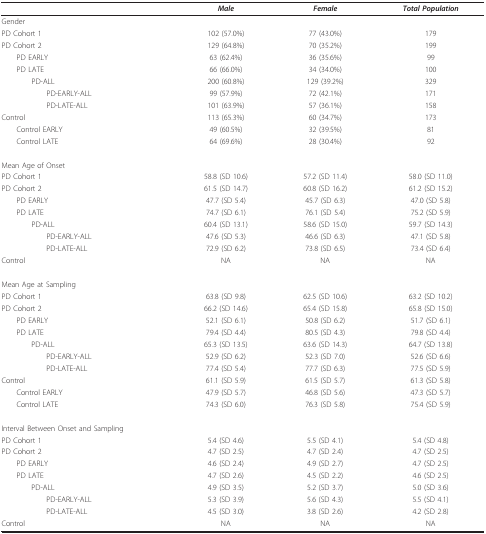
<table><thead><tr><td></td><td><b><i>Male</i></b></td><td><b><i>Female</i></b></td><td><b><i>Total Population</i></b></td></tr></thead><tbody><tr><td>Gender</td><td></td><td></td><td></td></tr><tr><td>PD Cohort 1</td><td>102 (57.0%)</td><td>77 (43.0%)</td><td>179</td></tr><tr><td>PD Cohort 2</td><td>129 (64.8%)</td><td>70 (35.2%)</td><td>199</td></tr><tr><td> PD EARLY</td><td>63 (62.4%)</td><td>36 (35.6%)</td><td>99</td></tr><tr><td> PD LATE</td><td>66 (66.0%)</td><td>34 (34.0%)</td><td>100</td></tr><tr><td>PD-ALL</td><td>200 (60.8%)</td><td>129 (39.2%)</td><td>329</td></tr><tr><td>PD-EARLY-ALL</td><td>99 (57.9%)</td><td>72 (42.1%)</td><td>171</td></tr><tr><td>PD-LATE-ALL</td><td>101 (63.9%)</td><td>57 (36.1%)</td><td>158</td></tr><tr><td>Control</td><td>113 (65.3%)</td><td>60 (34.7%)</td><td>173</td></tr><tr><td> Control EARLY</td><td>49 (60.5%)</td><td>32 (39.5%)</td><td>81</td></tr><tr><td> Control LATE</td><td>64 (69.6%)</td><td>28 (30.4%)</td><td>92</td></tr><tr><td>Mean Age of Onset</td><td></td><td></td><td></td></tr><tr><td>PD Cohort 1</td><td>58.8 (SD 10.6)</td><td>57.2 (SD 11.4)</td><td>58.0 (SD 11.0)</td></tr><tr><td>PD Cohort 2</td><td>61.5 (SD 14.7)</td><td>60.8 (SD 16.2)</td><td>61.2 (SD 15.2)</td></tr><tr><td> PD EARLY</td><td>47.7 (SD 5.4)</td><td>45.7 (SD 6.3)</td><td>47.0 (SD 5.8)</td></tr><tr><td> PD LATE</td><td>74.7 (SD 6.1)</td><td>76.1 (SD 5.4)</td><td>75.2 (SD 5.9)</td></tr><tr><td>PD-ALL</td><td>60.4 (SD 13.1)</td><td>58.6 (SD 15.0)</td><td>59.7 (SD 14.3)</td></tr><tr><td>PD-EARLY-ALL</td><td>47.6 (SD 5.3)</td><td>46.6 (SD 6.3)</td><td>47.1 (SD 5.8)</td></tr><tr><td>PD-LATE-ALL</td><td>72.9 (SD 6.2)</td><td>73.8 (SD 6.5)</td><td>73.4 (SD 6.4)</td></tr><tr><td>Control</td><td>NA</td><td>NA</td><td>NA</td></tr><tr><td>Mean Age at Sampling</td><td></td><td></td><td></td></tr><tr><td>PD Cohort 1</td><td>63.8 (SD 9.8)</td><td>62.5 (SD 10.6)</td><td>63.2 (SD 10.2)</td></tr><tr><td>PD Cohort 2</td><td>66.2 (SD 14.6)</td><td>65.4 (SD 15.8)</td><td>65.8 (SD 15.0)</td></tr><tr><td> PD EARLY</td><td>52.1 (SD 6.1)</td><td>50.8 (SD 6.2)</td><td>51.7 (SD 6.1)</td></tr><tr><td> PD LATE</td><td>79.4 (SD 4.4)</td><td>80.5 (SD 4.3)</td><td>79.8 (SD 4.4)</td></tr><tr><td>PD-ALL</td><td>65.3 (SD 13.5)</td><td>63.6 (SD 14.3)</td><td>64.7 (SD 13.8)</td></tr><tr><td>PD-EARLY-ALL</td><td>52.9 (SD 6.2)</td><td>52.3 (SD 7.0)</td><td>52.6 (SD 6.6)</td></tr><tr><td>PD-LATE-ALL</td><td>77.4 (SD 5.4)</td><td>77.7 (SD 6.3)</td><td>77.5 (SD 5.9)</td></tr><tr><td>Control</td><td>61.1 (SD 5.9)</td><td>61.5 (SD 5.7)</td><td>61.3 (SD 5.8)</td></tr><tr><td> Control EARLY</td><td>47.9 (SD 5.7)</td><td>46.8 (SD 5.6)</td><td>47.3 (SD 5.7)</td></tr><tr><td> Control LATE</td><td>74.3 (SD 6.0)</td><td>76.3 (SD 5.8)</td><td>75.4 (SD 5.9)</td></tr><tr><td>Interval Between Onset and Sampling</td><td></td><td></td><td></td></tr><tr><td>PD Cohort 1</td><td>5.4 (SD 4.6)</td><td>5.5 (SD 4.1)</td><td>5.4 (SD 4.8)</td></tr><tr><td>PD Cohort 2</td><td>4.7 (SD 2.5)</td><td>4.7 (SD 2.4)</td><td>4.7 (SD 2.5)</td></tr><tr><td> PD EARLY</td><td>4.6 (SD 2.4)</td><td>4.9 (SD 2.7)</td><td>4.7 (SD 2.5)</td></tr><tr><td> PD LATE</td><td>4.7 (SD 2.6)</td><td>4.5 (SD 2.2)</td><td>4.6 (SD 2.5)</td></tr><tr><td>PD-ALL</td><td>4.9 (SD 3.5)</td><td>5.2 (SD 3.7)</td><td>5.0 (SD 3.6)</td></tr><tr><td>PD-EARLY-ALL</td><td>5.3 (SD 3.9)</td><td>5.6 (SD 4.3)</td><td>5.5 (SD 4.1)</td></tr><tr><td>PD-LATE-ALL</td><td>4.5 (SD 3.0)</td><td>3.8 (SD 2.6)</td><td>4.2 (SD 2.8)</td></tr><tr><td>Control</td><td>NA</td><td>NA</td><td>NA</td></tr></tbody></table>